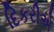
દિકરીએ